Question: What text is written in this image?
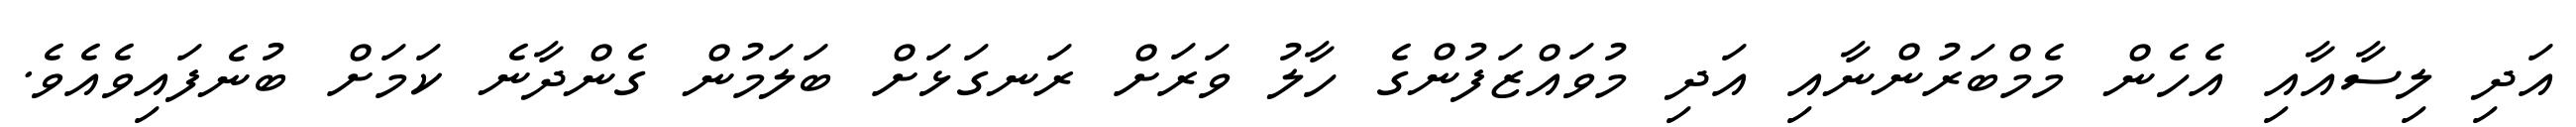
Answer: އަދި ލިސާއާއި އެހެން މެމްބަރުންނާއި އަދި މުވައްޒަފުންގެ ހާލު ވަރަށް ރަނގަޅަށް ބަލަމުން ގެންދާނެ ކަމަށް ބުނެފައިވެއެވެ.